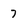
Character: 7